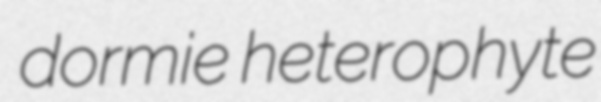
dormie heterophyte